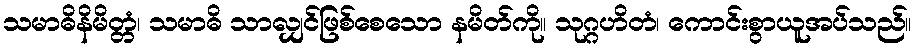
သမာဓိနိမိတ္တံ၊ သမာဓိ သာလျှင်ဖြစ်စေသော နမိတ်ကို။ သုဂ္ဂဟိတံ၊ ကောင်းစွာယူအပ်သည်။